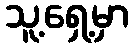
သူ့ရှေ့မှာ